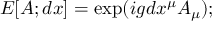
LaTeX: E [ A ; d x ] = \exp ( i g d x ^ { \mu } A _ { \mu } ) ;